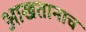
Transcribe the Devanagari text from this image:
आखतानाच